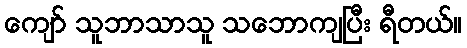
ကျော် သူဘာသာသူ သဘောကျပြီး ရီတယ်။